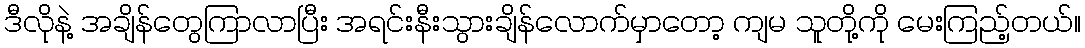
ဒီလိုနဲ့ အချိန်တွေကြာလာပြီး အရင်းနီးသွားချိန်လောက်မှာတော့ ကျမ သူတို့ကို မေးကြည့်တယ်။